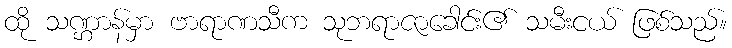
ထို သဏ္ဌာန်မှာ ဗာရာဏသီက သုဘရာဇာခေါင်း၏ သမီးငယ် ဖြစ်သည်။